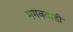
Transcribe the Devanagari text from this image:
मगनवाडी